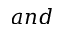
a n d